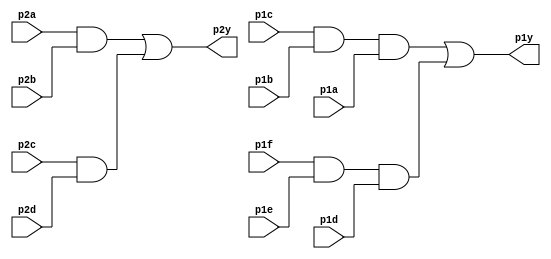
module top_module ( 
    input p1a, p1b, p1c, p1d, p1e, p1f,
    output p1y,
    input p2a, p2b, p2c, p2d,
    output p2y );
wire w,x,y,z;
    and(w,p2a,p2b);
    and(x,p2c,p2d);
    and(y,p1c,p1b,p1a);
    and(z,p1f,p1e,p1d);
    or(p2y,w,x);
    or(p1y,y,z);

endmodule